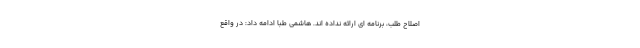
اصلاح طلب، برنامه ای ارائه نداده اند. هاشمی طبا ادامه داد: در واقع